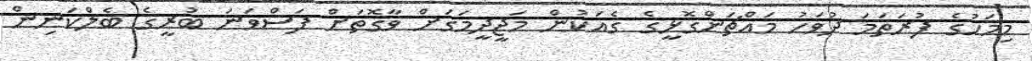
މިމަހުގެ ފުރަތަމަ ދުވަހު މައްޗަންގޮޅީގެ ގެއަކުން މަޖީދީމަގަށް ވާގޮތަށް ފަސްވަނަ ބުރީގެ ބެލްކަނިން